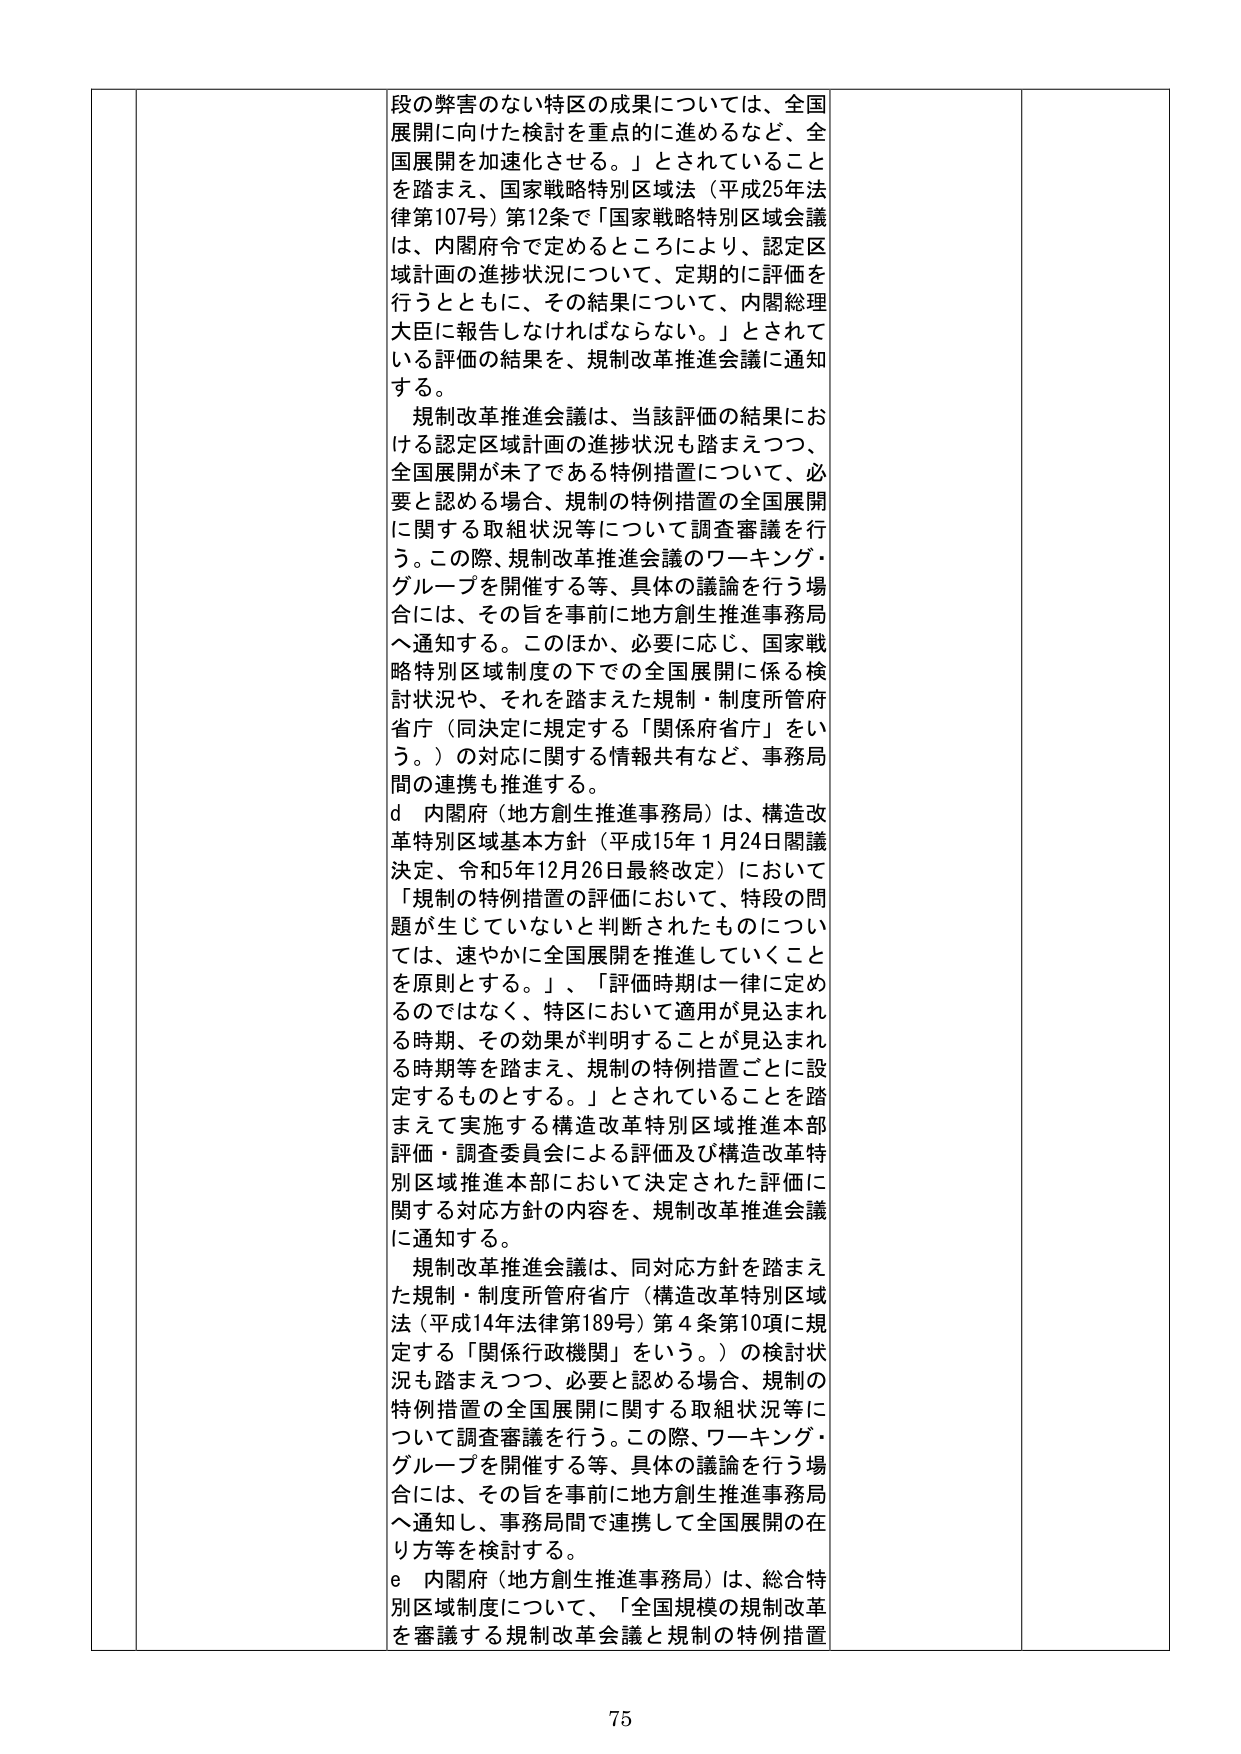
段の弊害のない特区の成果については、全国展開に向けた検討を重点に進めるなど、全国展開を加速化させる。」とされていることを踏まえ、国家戦略特別区域法（平成25年法律第107号）第12条で「国家戦略特別区域会議は、内閣府令で定めるところにより、認定区域計画の進捗状況について、定期的に評価を行うとともに、その結果について、内閣総理大臣に報告しなければならない。」とされている評価の結果を、規制改革推進会議に通知する。

規制改革推進会議は、当該評価の結果における認定区域計画の進捗状況も踏まえつつ、全国展開が未了である特例措置について、必要と認める場合、規制の特例措置の全国展開に関する取組状況等について調査審議を行う。この際、規制改革推進会議のワーキング・グループを開催する等、具体的議論を行う場合には、その旨を事前に地方創生推進事務局へ通知する。このほか、必要に応じ、国家戦略特別区域制度の下での全国展開に係る検討状況や、それを踏まえた規制・制度所管府省庁（同決定に規定する「関係府省庁」をいう。）の対応に関する情報共有など、事務局間の連携も推進する。

d 内閣府（地方創生推進事務局）は、構造改革特別区域基本方針（平成15年1月24日閣議決定、令和5年12月26日最終改定）において「規制の特例措置の評価において、特段の問題が生じていないと判断されたものについては、速やかに全国展開を推進していくことを原則とする。」、「評価時期は一律に定めるのではなく、特区において適用が見込まれる時期、その効果が判明することが見込まれる時期等を踏まえ、規制の特例措置ごとに設定するものとする。」とされていることを踏まえて実施する構造改革特別区域推進本部評価・調査委員会による評価及び構造改革特別区域推進本部において決定された評価に関する対応方針の内容を、規制改革推進会議に通知する。

規制改革推進会議は、同対応方針を踏まえた規制・制度所管府省庁（構造改革特別区域法（平成14年法律第189号）第4条第10項に規定する「関係行政機関」をいう。）の検討状況も踏まえつつ、必要と認める場合、規制の特例措置の全国展開に関する取組状況等について調査審議を行う。この際、ワーキング・グループを開催する等、具体的議論を行う場合には、その旨を事前に地方創生推進事務局へ通知し、事務局間で連携して全国展開の在り方等を検討する。

e 内閣府（地方創生推進事務局）は、総合特別区域制度について、「全国規模の規制改革を審議する規制改革会議と規制の特例措置

75